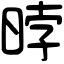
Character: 㫲